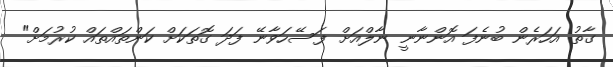
ގާތު އަހަރެން ބުނެފަ އޮންނާނީ ނާލްއަށް ފަސޭހަވާނޭ ފަދަ ގޮތަކަށް ކަންތައްތައް ކުރުމަށް"